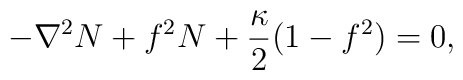
-\nabla^2 N + f^2 N + \frac{\kappa}{2} (1-f^2) = 0 ,